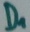
Text: D1